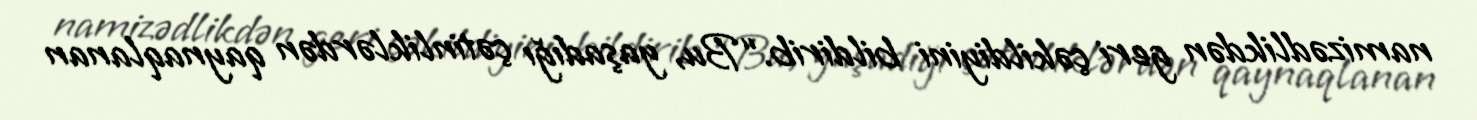
namizədlikdən geri çəkildiyini bildirib.“Bu, yaşadığı çətinliklərdən qaynaqlanan